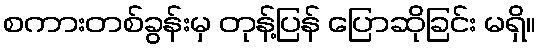
စကားတစ်ခွန်းမှ တုန့်ပြန် ပြောဆိုခြင်း မရှိ။